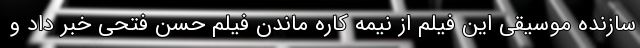
سازنده موسیقی این فیلم از نیمه کاره ماندن فیلم حسن فتحی خبر داد و